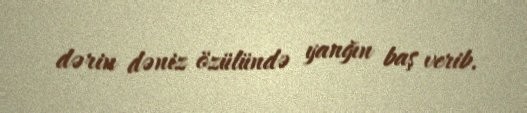
dərin dəniz özülündə yanğın baş verib.